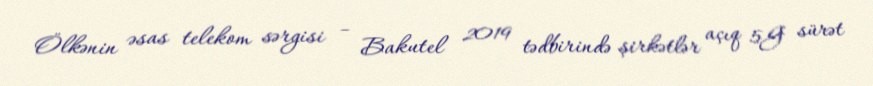
Ölkənin əsas telekom sərgisi – Bakutel 2019 tədbirində şirkətlər açıq 5G sürət